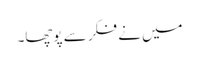
میں نے فکر سے پوچھا۔